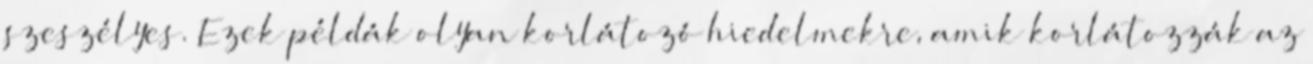
szeszélyes. Ezek példák olyan korlátozó hiedelmekre, amik korlátozzák az